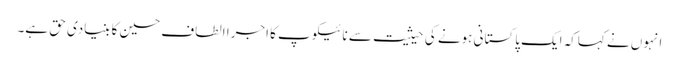
انہوں نے کہاکہ ایک پاکستانی ہونے کی حیثیت سے نائیکوپ کا اجرا الطاف حسین کا بنیادی حق ہے۔